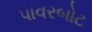
પાવરબોટ